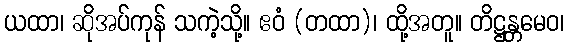
ယထာ၊ ဆိုအပ်ကုန် သကဲ့သို့။ ဧဝံ (တထာ)၊ ထို့အတူ။ တိဋ္ဌန္တမေဝ၊